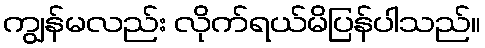
ကျွန်မလည်း လိုက်ရယ်မိပြန်ပါသည်။